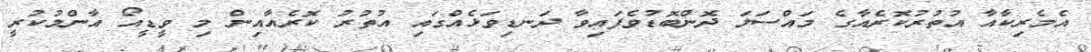
އެމެރިކާއާ އުތުރުކޮރެއާގެ މައްސަލަ ދޮންބޮޑުވެފައިވާ ދަނޑިވަޅެއްގައި އުތުރު ކޮރެއާއިން މި ވީޑީއޯ އާންމުކުރީ